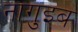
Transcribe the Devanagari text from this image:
नागुइब